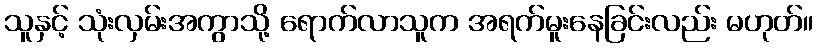
သူနှင့် သုံးလှမ်းအကွာသို့ ရောက်လာသူက အရက်မူးနေခြင်းလည်း မဟုတ်။